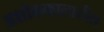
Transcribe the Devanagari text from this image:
अशोककालातील